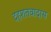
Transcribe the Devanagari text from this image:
दहशतवादास